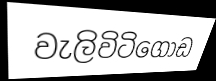
වැලිවිටිගොඩ